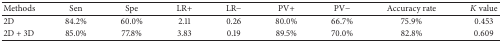
| Methods | Sen | Spe | LR+ | LR− | PV+ | PV− | Accuracy rate | K value |
 | --- | --- | --- | --- | --- | --- | --- | --- | --- |
 | 2D | 84.2% | 60.0% | 2.11 | 0.26 | 80.0% | 66.7% | 75.9% | 0.453 |
 | 2D + 3D | 85.0% | 77.8% | 3.83 | 0.19 | 89.5% | 70.0% | 82.8% | 0.609 |